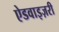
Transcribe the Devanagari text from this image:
ऐडवाइज़री